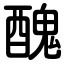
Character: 醜